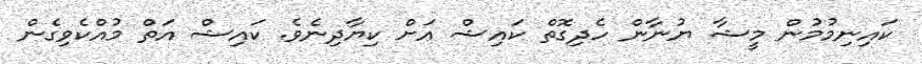
ކައިނިމުމުން މީޝާ ޔުނާން ހެދިގޮތް ކައިޝް އަށް ކިޔާދިނެވެ. ކައިޝް އަތް މުއްކެވިގެން